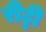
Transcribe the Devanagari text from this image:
रीट्टी